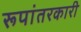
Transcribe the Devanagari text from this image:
रूपांतरकारी